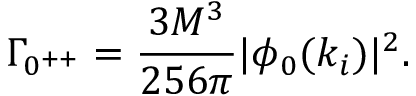
\Gamma _ { 0 ^ { + + } } = \frac { 3 M ^ { 3 } } { 2 5 6 \pi } | \phi _ { 0 } ( k _ { i } ) | ^ { 2 } .